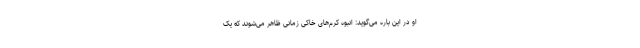
او در این باره می‌گوید: انبوه کرم‌های خاکی زمانی ظاهر می‌شوند که یک